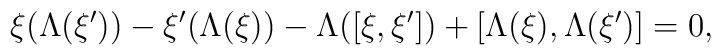
\xi(\Lambda(\xi'))-\xi'(\Lambda(\xi))-\Lambda([\xi,\xi'])+[\Lambda(\xi),\Lambda(\xi')]=0,